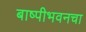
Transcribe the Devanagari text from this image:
बाष्पीभवनचा